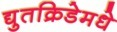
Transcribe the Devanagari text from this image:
द्युतक्रिडेमधे